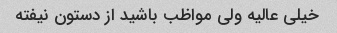
خیلی عالیه ولی مواظب باشید از دستون نیفته